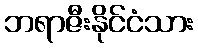
ဘရာဇီးနိုင်ငံသား